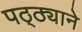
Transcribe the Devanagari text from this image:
पठ्ठ्याने